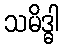
သမိဒ္ဓါ